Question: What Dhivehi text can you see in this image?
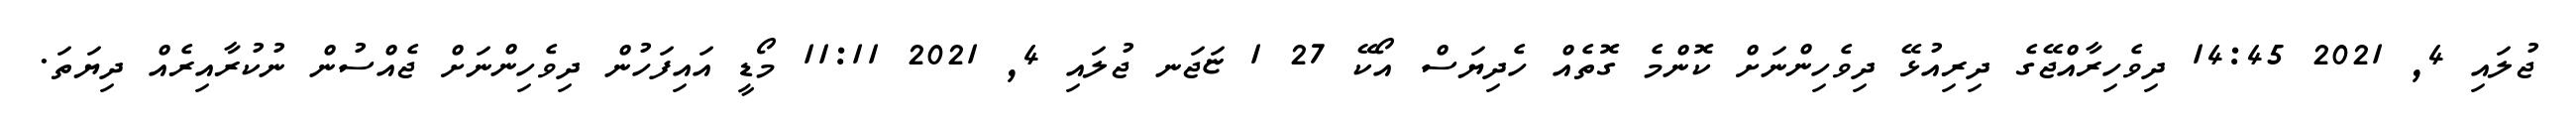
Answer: ޖުލައި 4, 2021 14:45 ދިވެހިރާއްޖޭގެ ދިރިއުޅޭ ދިވެހިންނަށް ކޮންމެ ގޮތެއް ހެދިޔަސް އޯކޭ 27 1 ޏަޖަނ ޖުލައި 4, 2021 11:11 މޯޑީ އައިފަހުން ދިވެހިންނަށް ޖެއްސުން ނުކުރާއިރެއް ދިޔަތަ.